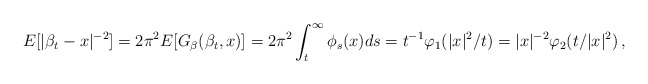
\begin{align*}E[ | \beta_t-x |^{-2}]=2\pi^2 E[ G_\beta( \beta_t, x )]=2 \pi^2 \int_t^\infty \phi_s(x) ds = t^{-1} \varphi_1(|x|^2/t) = |x|^{-2} \varphi_2(t/|x|^2) \,, \end{align*}